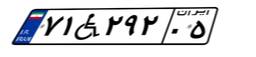
۹۳W۲۷۴۴۶